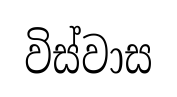
විස්වාස